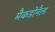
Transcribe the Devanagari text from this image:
मैकडोनैल्ड